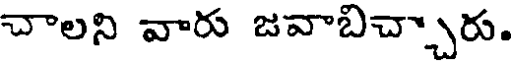
చాలని వారు జవాబిచ్చారు.